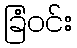
ခြံဝင်း